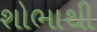
શોભાથી